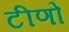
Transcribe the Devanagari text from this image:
टीणो